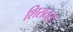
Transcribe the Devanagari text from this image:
शिरातय